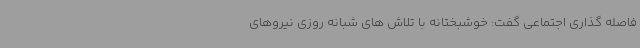
فاصله گذاری اجتماعی گفت: خوشبختانه با تلاش های شبانه روزی نیروهای